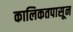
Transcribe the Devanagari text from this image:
कालिकतपासून